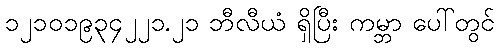
၁၂၁၀၁၉၃၄၂၂၁.၂၁ ဘီလီယံ ရှိပြီး ကမ္ဘာ ပေါ်တွင်